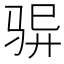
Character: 𮹆